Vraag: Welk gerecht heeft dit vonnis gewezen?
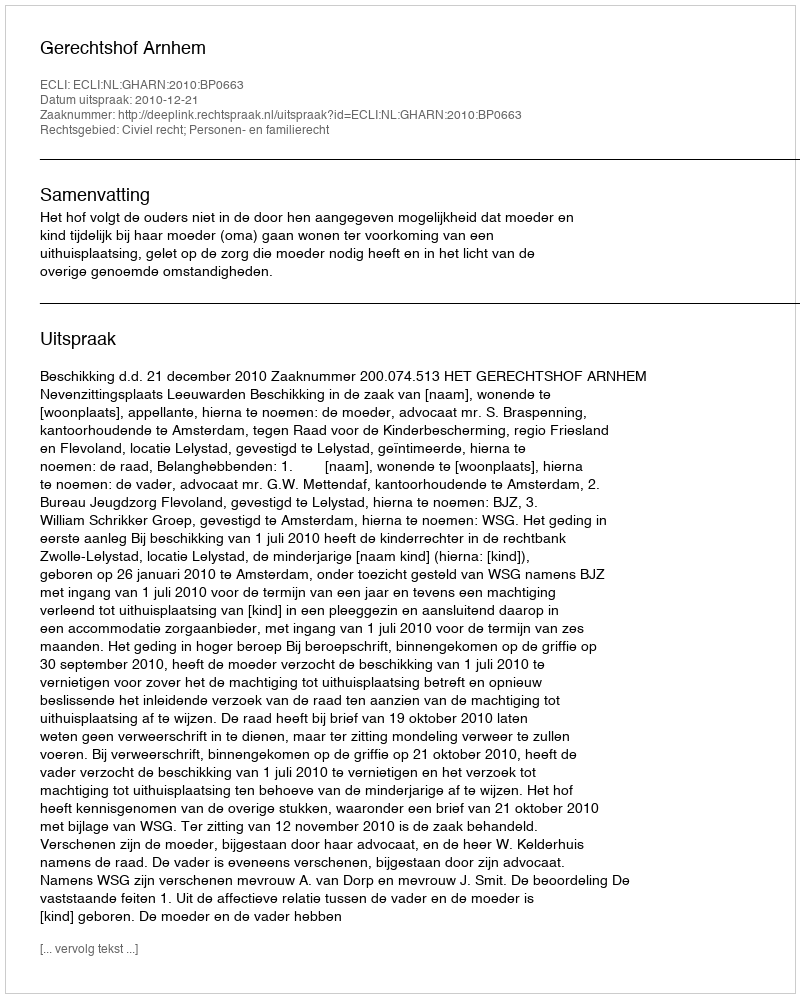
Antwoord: Gerechtshof Arnhem